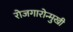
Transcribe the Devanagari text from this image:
रोजगारोन्मुखी